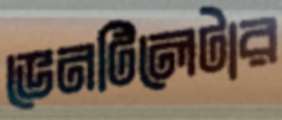
ভেনটিলেটার